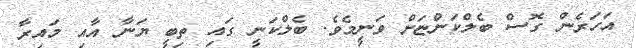
އަހަރެން ގޮސް ބެލްކަންޏަށް ވަނީމެވެ. ބެލްކަނީ ގައި ތިބީ ޔަނާ އާއި މައިރާ